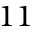
1 1